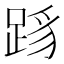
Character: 𬦳